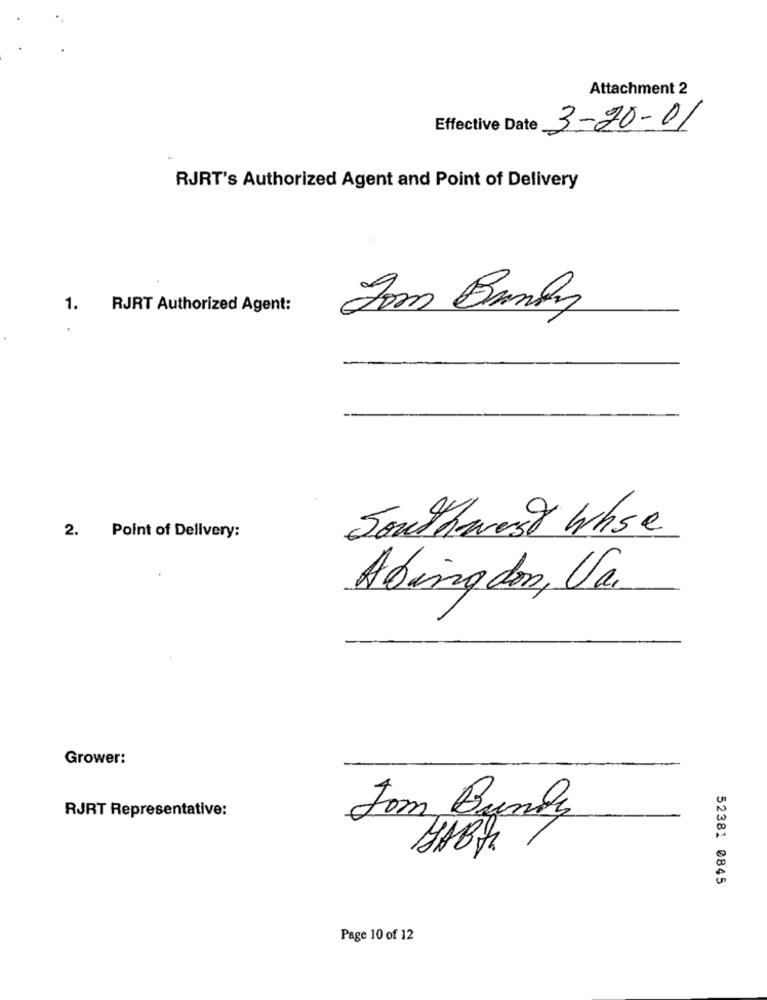
Attachment 2
Effective Date
3-20-01
RJRT's Authorized Agent and Point of Delivery
1.
RJRT Authorized Agent:
Som Brandy
Southwest Whse
2. Point of Delivery:
Abingdon, Va
Grower:
RJRT Representative:
Jom Bundy
HABth
52381 0845
Page 10 of 12